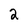
Character: 2